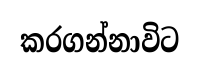
කරගන්නාවිට